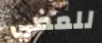
للمضي